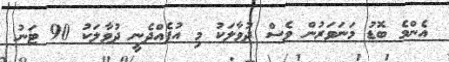
އެންމެ ބޮޑު މަނަވަރުން ވެސް ދުވާލަކު މި އުފެއްދެނީ ދުވާލަކު 90 ޓަނު